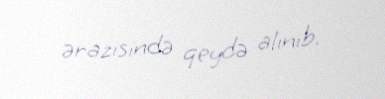
ərazisində qeydə alınıb.